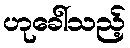
ဟုခေါ်သည့်